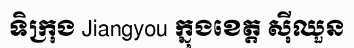
ទិក្រុង Jiangyou ក្នុងខេត្ត ស៊ីឈួន